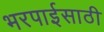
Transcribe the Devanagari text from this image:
भरपाईसाठी